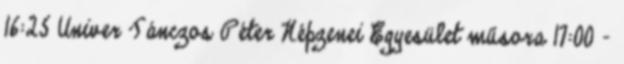
16:25 Univer Tánczos Péter Népzenei Egyesület műsora 17:00 –